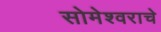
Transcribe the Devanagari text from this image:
सोमेश्वराचे